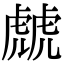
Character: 虤